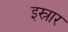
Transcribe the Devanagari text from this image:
इस्रार